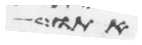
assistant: אתו